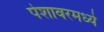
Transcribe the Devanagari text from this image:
पेशावरमध्ये